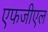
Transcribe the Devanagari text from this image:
एफजीएल